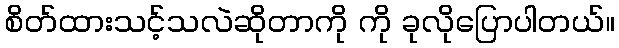
စိတ်ထားသင့်သလဲဆိုတာကို ကို ခုလိုပြောပါတယ်။